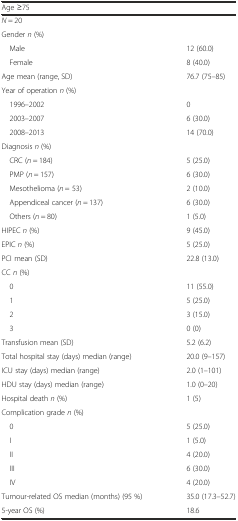
| Age ≥75 |  |
 | --- | --- |
 | N = 20 |  |
 | Gender n (%) |  |
 | Male | 12 (60.0) |
 | Female | 8 (40.0) |
 | Age mean (range, SD) | 76.7 (75–85) |
 | Year of operation n (%) |  |
 | 1996–2002 | 0 |
 | 2003–2007 | 6 (30.0) |
 | 2008–2013 | 14 (70.0) |
 | Diagnosis n (%) |  |
 | CRC (n = 184) | 5 (25.0) |
 | PMP (n = 157) | 6 (30.0) |
 | Mesothelioma (n = 53) | 2 (10.0) |
 | Appendiceal cancer (n = 137) | 6 (30.0) |
 | Others (n = 80) | 1 (5.0) |
 | HIPEC n (%) | 9 (45.0) |
 | EPIC n (%) | 5 (25.0) |
 | PCI mean (SD) | 22.8 (13.0) |
 | CC n (%) |  |
 | 0 | 11 (55.0) |
 | 1 | 5 (25.0) |
 | 2 | 3 (15.0) |
 | 3 | 0 (0) |
 | Transfusion mean (SD) | 5.2 (6.2) |
 | Total hospital stay (days) median (range) | 20.0 (9–157) |
 | ICU stay (days) median (range) | 2.0 (1–101) |
 | HDU stay (days) median (range) | 1.0 (0–20) |
 | Hospital death n (%) | 1 (5) |
 | Complication grade n (%) |  |
 | 0 | 5 (25.0) |
 | I | 1 (5.0) |
 | II | 4 (20.0) |
 | III | 6 (30.0) |
 | IV | 4 (20.0) |
 | Tumour-related OS median (months) (95 %) | 35.0 (17.3–52.7) |
 | 5-year OS (%) | 18.6 |